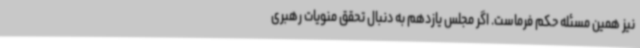
نیز همین مسئله حکم فرماست. اگر مجلس یازدهم به دنبال تحقق منویات رهبری